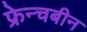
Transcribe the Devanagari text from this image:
फ्रेन्चबीन